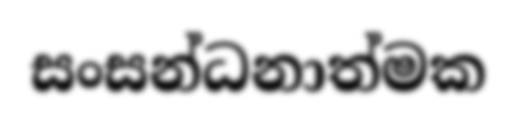
සංසන්ධනාත්මක